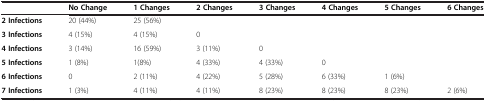
<table><thead><tr><td>[EMPTY_CELL]</td><td><b>No Change</b></td><td><b>1 Changes</b></td><td><b>2 Changes</b></td><td><b>3 Changes</b></td><td><b>4 Changes</b></td><td><b>5 Changes</b></td><td><b>6 Changes</b></td></tr></thead><tbody><tr><td><b>2 Infections</b></td><td>20 (44%)</td><td>25 (56%)</td><td>[EMPTY_CELL]</td><td>[EMPTY_CELL]</td><td>[EMPTY_CELL]</td><td>[EMPTY_CELL]</td><td>[EMPTY_CELL]</td></tr><tr><td><b>3 Infections</b></td><td>4 (15%)</td><td>4 (15%)</td><td>0</td><td>[EMPTY_CELL]</td><td>[EMPTY_CELL]</td><td>[EMPTY_CELL]</td><td>[EMPTY_CELL]</td></tr><tr><td><b>4 Infections</b></td><td>3 (14%)</td><td>16 (59%)</td><td>3 (11%)</td><td>0</td><td>[EMPTY_CELL]</td><td>[EMPTY_CELL]</td><td>[EMPTY_CELL]</td></tr><tr><td><b>5 Infections</b></td><td>1 (8%)</td><td>1(8%)</td><td>4 (33%)</td><td>4 (33%)</td><td>0</td><td>[EMPTY_CELL]</td><td>[EMPTY_CELL]</td></tr><tr><td><b>6 Infections</b></td><td>0</td><td>2 (11%)</td><td>4 (22%)</td><td>5 (28%)</td><td>6 (33%)</td><td>1 (6%)</td><td>[EMPTY_CELL]</td></tr><tr><td><b>7 Infections</b></td><td>1 (3%)</td><td>4 (11%)</td><td>4 (11%)</td><td>8 (23%)</td><td>8 (23%)</td><td>8 (23%)</td><td>2 (6%)</td></tr></tbody></table>